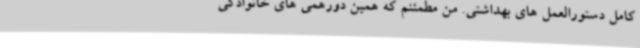
کامل دستورالعمل های بهداشتی. من مطمئنم که همین دورهمی های خانوادگی